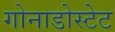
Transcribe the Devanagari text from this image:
गोनाडोस्टेट